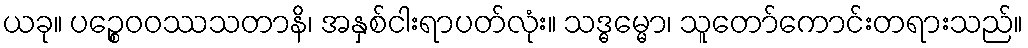
ယခု။ ပဉ္စေဝဝဿသတာနိ၊ အနှစ်ငါးရာပတ်လုံး။ သဒ္ဓမ္မော၊ သူတော်ကောင်းတရားသည်။